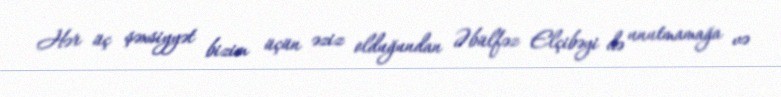
Hər üç şəxsiyyət bizim üçün əziz olduğundan Əbülfəz Elçibəyi də unutmamağa və